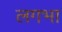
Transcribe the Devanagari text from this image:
लगभा